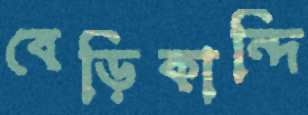
বেড়িকান্দি